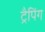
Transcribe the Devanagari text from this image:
ट्रैपिंग